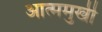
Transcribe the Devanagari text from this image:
आत्ममुखी